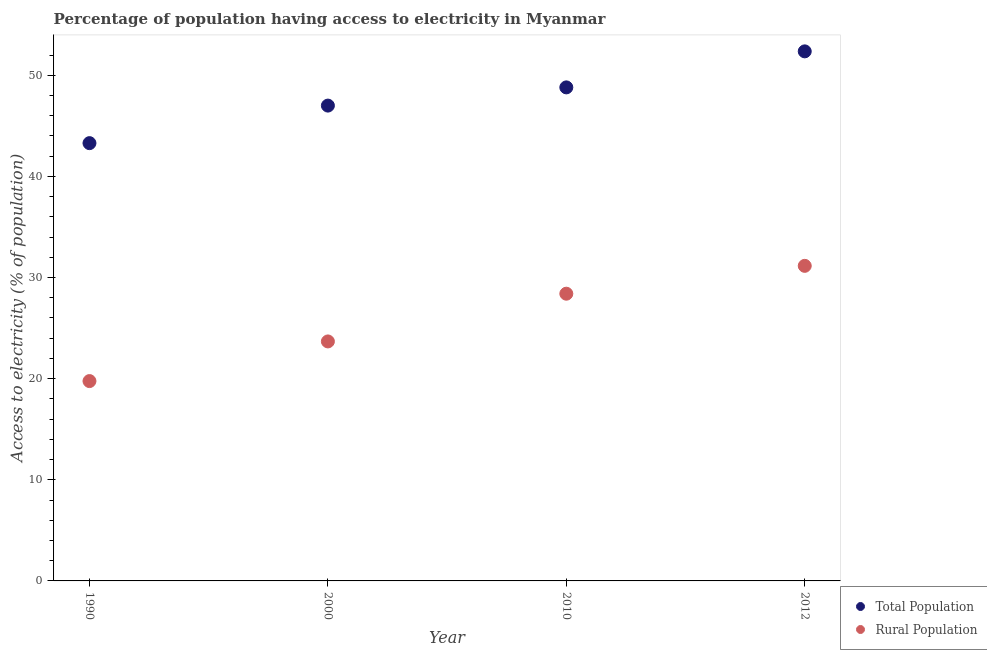
| Year | Total Population | Rural Population |
 | --- | --- | --- |
 | 1990 | 43.3 | 19.8 |
 | 2000 | 47 | 23.7 |
 | 2010 | 48.8 | 28.4 |
 | 2012 | 52.4 | 31.2 |